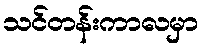
သင်တန်းကာလမှာ